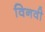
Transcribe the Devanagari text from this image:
विनवी